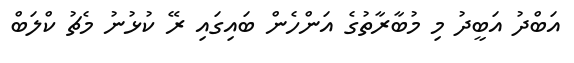
އަބްދު އަބީދު މި މުބާރާތުގެ އަންހެން ބައިގައި ރޭ ކުޅުނު މެޗު ކްލަބް